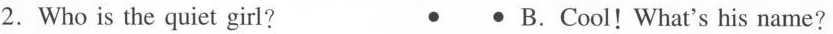
2.Who is the quiet girl? • • B.Cool! What's his name?